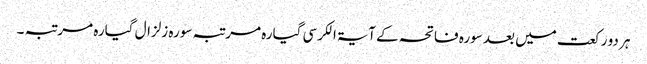
ہر دو رکعت میں بعد سورہ فاتحہ کے آیۃ الکرسی گیارہ مرتبہ سورہ زلزال گیارہ مرتبہ ۔